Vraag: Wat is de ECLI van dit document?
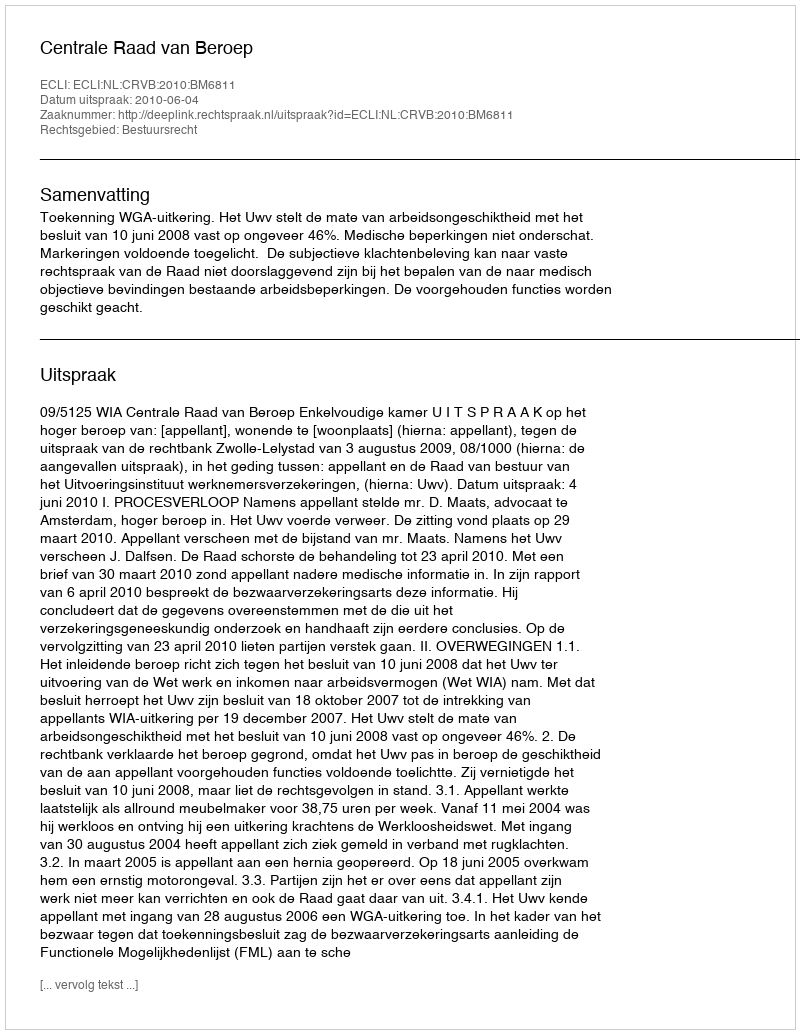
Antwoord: ECLI:NL:CRVB:2010:BM6811